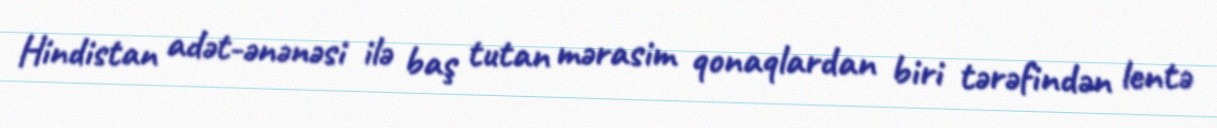
Hindistan adət-ənənəsi ilə baş tutan mərasim qonaqlardan biri tərəfindən lentə